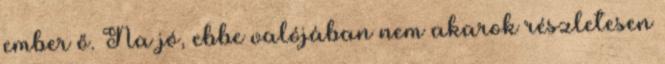
ember ő. Na jó, ebbe valójában nem akarok részletesen